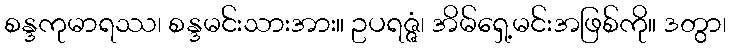
စန္ဒကုမာရဿ၊ စန္ဒမင်းသားအား။ ဥပရဇ္ဇံ၊ အိမ်ရှေ့မင်းအဖြစ်ကို။ ဒတွာ၊